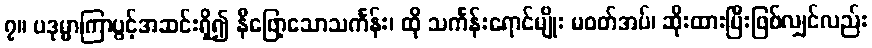
၇။ ပဒုမ္မာကြာပွင့်အဆင်းရှိ၍ နီဖြော့သောသင်္ကန်း၊ ထို သင်္ကန်းရောင်မျိုး မဝတ်အပ်၊ ဆိုးထားပြီးဖြစ်လျှင်လည်း